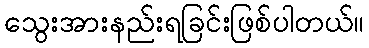
သွေးအားနည်းရခြင်းဖြစ်ပါတယ်။